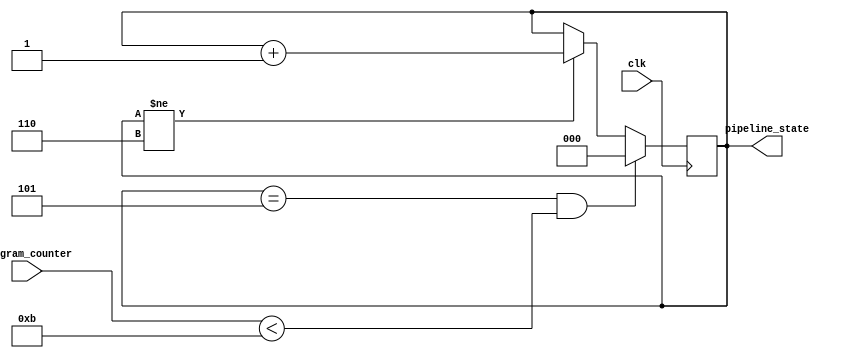
`timescale 1ns / 1ps

// Definition of pipeline states
`define PIPELINE_STATE_INSTRUCTION_FETCH 0
`define PIPELINE_STATE_INSTRUCTION_DECODE 1
`define PIPELINE_STATE_REGISTER_FETCH 2
`define PIPELINE_STATE_EXECUTE 3
`define PIPELINE_STATE_MEMORY_ACCESS 4
`define PIPELINE_STATE_WRITE_BACK 5
`define PIPELINE_STATE_OUTPUT_RESULT 6

// Maximum program counter value
`define MAX_PROGRAM_COUNTER 11

module state_control(
    input clk,
    input [7:0] program_counter,
    output reg [2:0] pipeline_state
);

    // Initialize pipeline state to instruction fetch
    initial begin
        pipeline_state = `PIPELINE_STATE_INSTRUCTION_FETCH;
    end

    // State transition logic
    always @ (posedge clk) begin
        // Transition to instruction fetch if write back completed and program counter is within limits
        if ((pipeline_state == `PIPELINE_STATE_WRITE_BACK) && (program_counter < `MAX_PROGRAM_COUNTER)) begin
            pipeline_state <= `PIPELINE_STATE_INSTRUCTION_FETCH;
        end
        // Move to next pipeline state if not in output state
        else if (pipeline_state != `PIPELINE_STATE_OUTPUT_RESULT) begin
            pipeline_state <= pipeline_state + 1;
        end
    end

endmodule